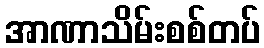
အာဏာသိမ်းစစ်တပ်